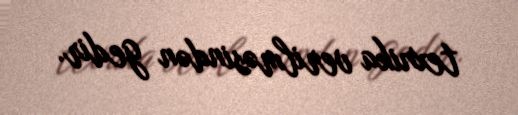
texnika verilməsindən gedir.